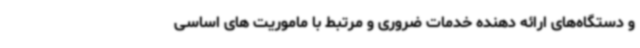
و دستگاه‌های ارائه دهنده خدمات ضروری و مرتبط با ماموریت های اساسی